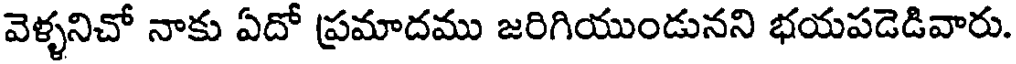
వెళ్ళనిచో నాకు ఏదో ప్రమాదము జరిగియుండునని భయపడెడివారు.